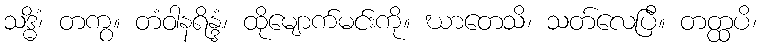
သဒ္ဓိံ၊ တကွ။ တံဝါနရိန္ဒံ၊ ထိုမျောက်မင်းကို။ ဃာတေသိ၊ သတ်လေပြီ။ တတ္ထပိ၊